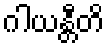
ဂါယန္တီတိ